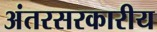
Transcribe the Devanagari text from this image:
अंतरसरकारीय